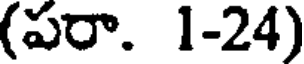
(పరా. 1-24)